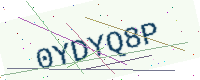
Text: 0YDYQ8P